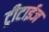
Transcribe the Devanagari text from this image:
ट्रीटाईज